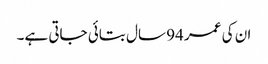
ان کی عمر 94 سال بتائی جاتی ہے۔